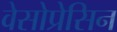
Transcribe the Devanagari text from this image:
वेसोप्रेसिन